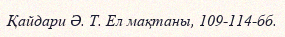
Қайдари Ә. Т. Ел мақтаны, 109-114-бб.